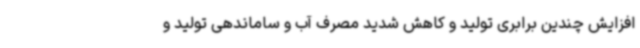
افزایش چندین برابری تولید و کاهش شدید مصرف آب و ساماندهی تولید و